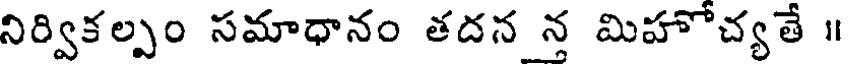
నిర్వికల్పం సమాధానం తదన న మిహోచ్యతే ॥